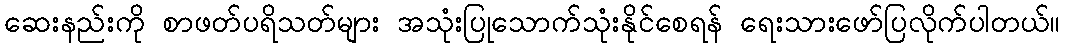
ဆေးနည်းကို စာဖတ်ပရိသတ်များ အသုံးပြုသောက်သုံးနိုင်စေရန် ရေးသားဖော်ပြလိုက်ပါတယ်။